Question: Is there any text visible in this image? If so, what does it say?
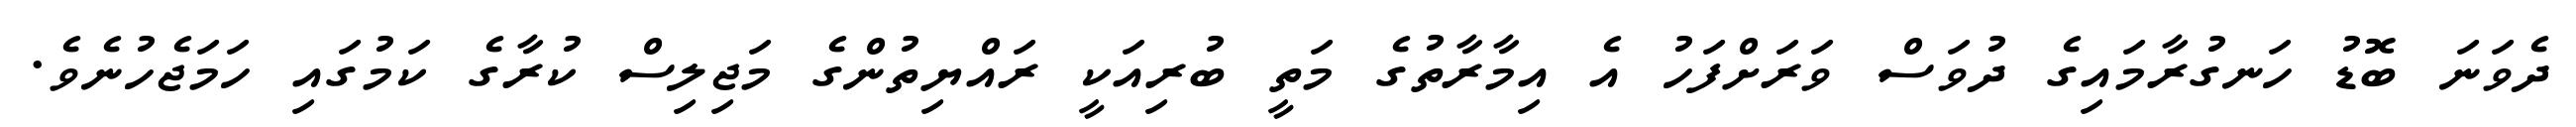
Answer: ދެވަނަ ބޮޑު ހަނގުރާމައިގެ ދުވަސް ވަރަށްފަހު އެ އިމާރާތުގެ މަތީ ބުރިއަކީ ރައްޔިތުންގެ މަޖިލިސް ކުރާގެ ކަމުގައި ހަމަޖެހުނެވެ.